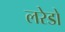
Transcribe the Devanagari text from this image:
लरेडो